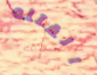
القتله